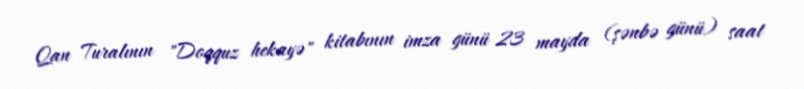
Qan Turalının "Doqquz hekayə" kitabının imza günü 23 mayda (şənbə günü) saat